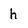
Character: h